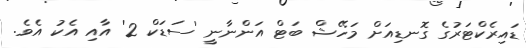
ޑައިރެކްޓަރުގެ ގޮނޑިއަށް މަހޭޝް ބަޓް އަންނާނީ 'ސަޑަކް 2' އާއި އެކު އެވެ.